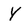
Character: Y